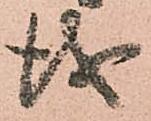
儀